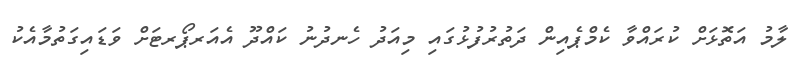
ލާމު އަތޮޅަށް ކުރައްވާ ކެމްޕެއިން ދަތުރުފުޅުގައި މިއަދު ހެނދުނު ކައްދޫ އެއަރޕޯރޓަށް ވަޑައިގަތުމާއެކު